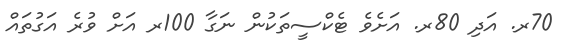
70ރ. އަދި 80ރ. އަށެވެ ޓެކްސީތަކުން ނަގާ 100ރ އަށް ވުރެ އަގުތައް